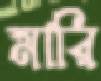
মারি